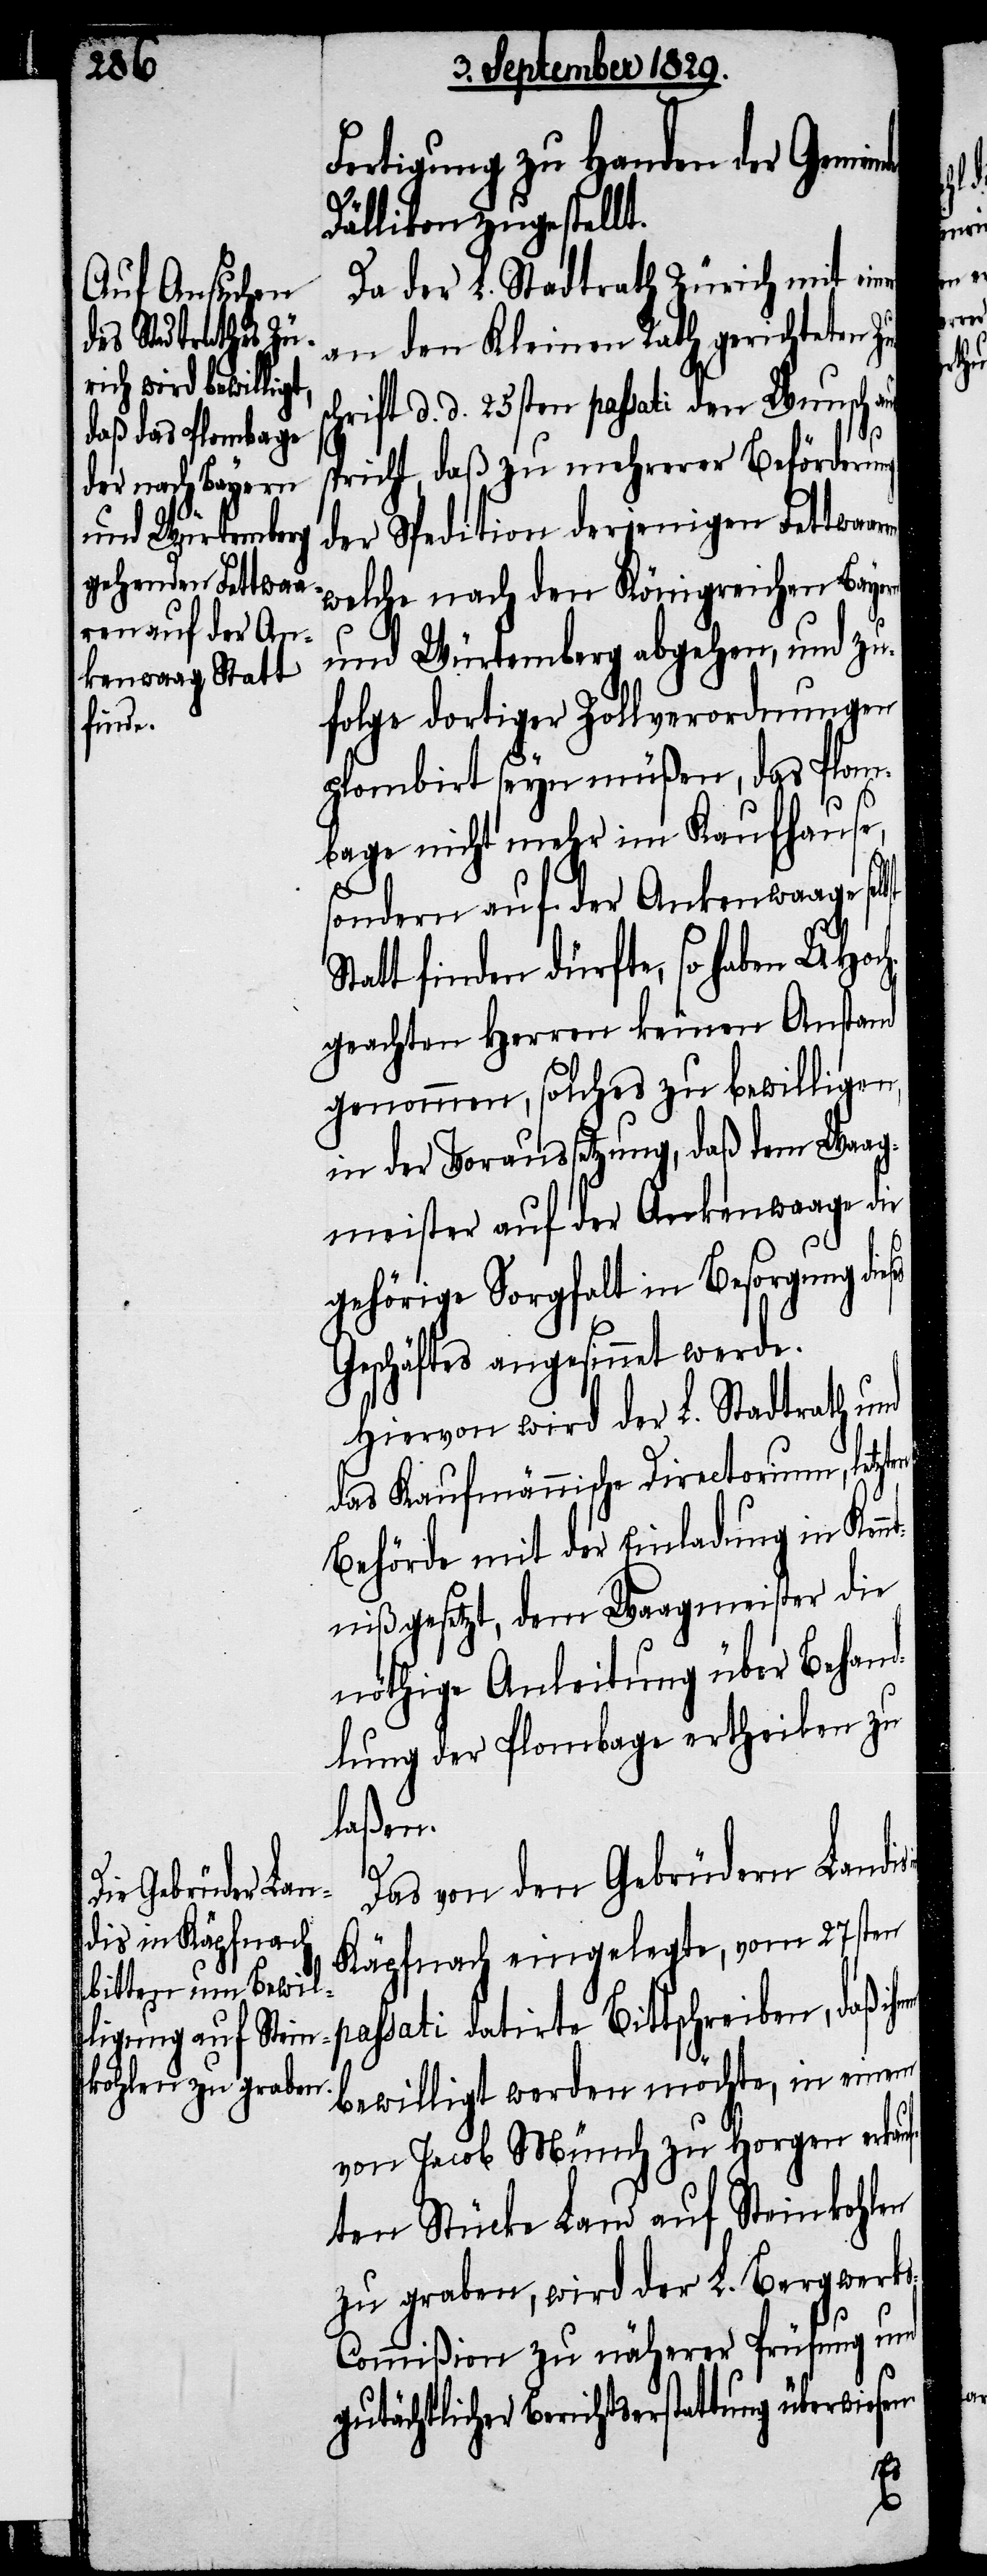
Fertigung zu Handen der Gemei¬
Dällikon zugestellt.
Da der L. Stadtrath Zürich mit einer
an den Kleinen Rath berichteten Zu¬
hrift d. d. 25sten passati den Wunsch
spricht, daß zu mehrerer Beförderung
der Spedition derjenigen Fettwaa¬
welche nach den Königreichen Bayern
und Würtemberg abgehen, und zu¬
folge dortiger Zollverordnungen
plombirt seyn müßen, das Plom¬
bage nicht mehr im Kaufhause,
sondern auf der Ankenwaage sel¬
Statt finden dürfte, so haben UHoch¬
geachten Herren keinen Anstand
genommen, solches zu bewilligen,
in der Voraussetzung, daß dem Waag¬
meister auf der Ankenwaage die
gehörige Sorgfalt in Besorgung dies¬
Geschäftes eingesinnet werde.
Hiervon wird der L. Stadtrath und
das Kaufmännische Directorium, letzte¬
Behörde mit der Einladung in Kennt¬
niß gesetzt, dem Waagmeister die
nöthige Anleitung über Behan¬
dlung der Plombage ertheilen zu
laßen.
Das von den Gebrüdern Landis
Käpfnach eingelegte, vom 27sten
bewilligt werden möchte, in einem
von Jacob Münch zu Horgen erkauf¬
ten Stücke Land auf Steinkohlen
zu graben, wird der L. Bergwerk¬
s-Commißion zu näherer Prüfung und
gutächtlicher Berichtserstattung überwies¬
daß

nde
en.
rn